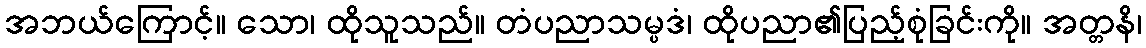
အဘယ်ကြောင့်။ သော၊ ထိုသူသည်။ တံပညာသမ္ပဒံ၊ ထိုပညာ၏ပြည့်စုံခြင်းကို။ အတ္တနိ၊